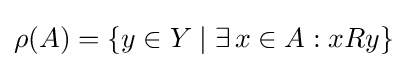
\rho (A)=\{y\in Y\mid \exists \,x\in A:xRy\}